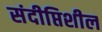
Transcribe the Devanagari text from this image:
संदीप्तिशील